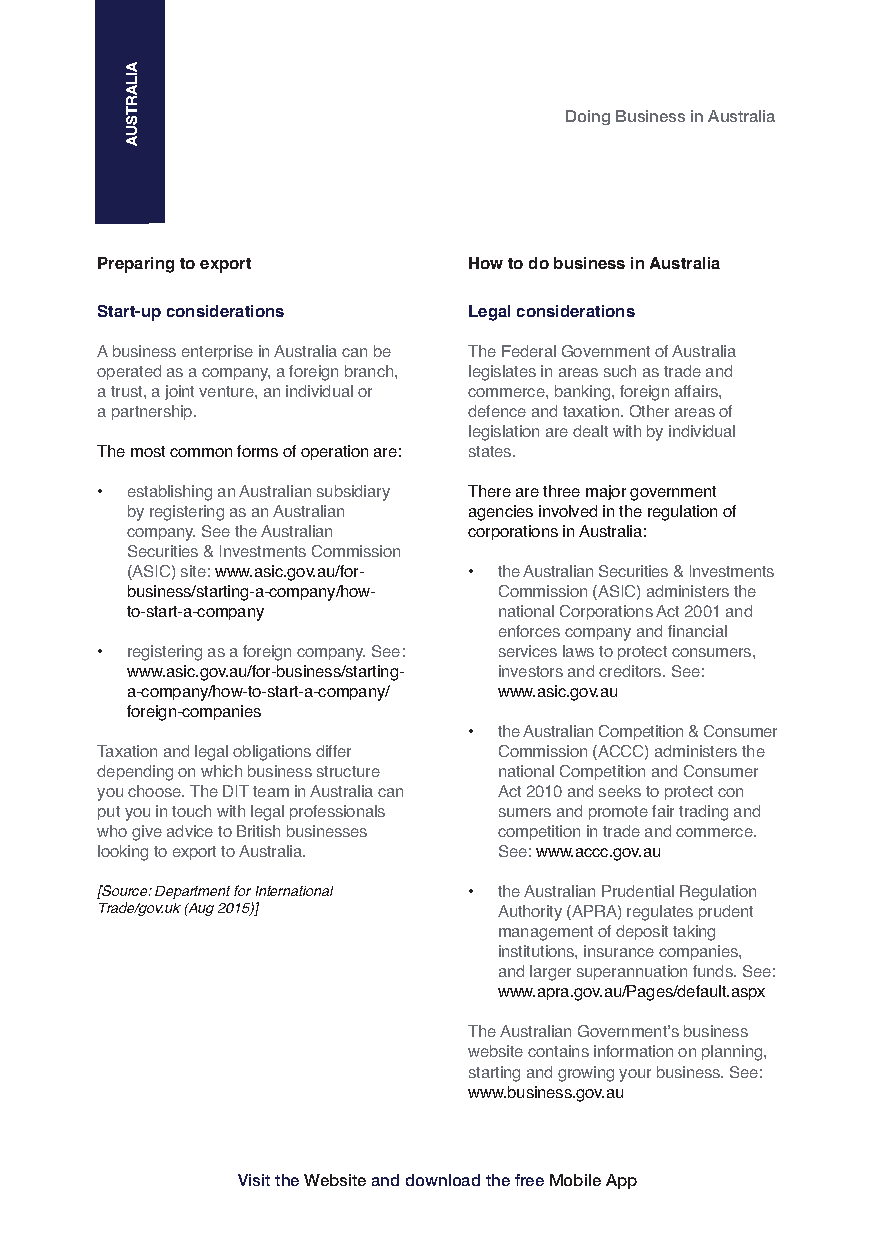
Doing Business in Australia
 Preparing to export      How to do business in Australia
 Start-up considerations  Legal considerations
 A business enterprise in Australia can be The Federal Government of Australia
 operated as a company, a foreign branch, legislates in areas such as trade and
 a trust, a joint venture, an individual or commerce, banking, foreign affairs,
 a partnership.           defence and taxation. Other areas of
 legislation are dealt with by individual
 The most common forms of operation are: states.
 • establishing an Australian subsidiary There are three major government
 by registering as an Australian agencies involved in the regulation of
 company. See the Australian corporations in Australia:
 Securities & Investments Commission
 (ASIC) site: www.asic.gov.au/for- • the Australian Securities & Investments
 business/starting-a-company/how- Commission (ASIC) administers the
 to-start-a-company       national Corporations Act 2001 and
 enforces company and financial
 • registering as a foreign company. See: services laws to protect consumers,
 www.asic.gov.au/for-business/starting- investors and creditors. See:
 a-company/how-to-start-a-company/ www.asic.gov.au
 foreign-companies
 • the Australian Competition & Consumer
 Taxation and legal obligations differ Commission (ACCC) administers the
 depending on which business structure national Competition and Consumer
 you choose. The DIT team in Australia can Act 2010 and seeks to protect con
 put you in touch with legal professionals sumers and promote fair trading and
 who give advice to British businesses competition in trade and commerce.
 looking to export to Australia. See: www.accc.gov.au
 [Source: Department for International • the Australian Prudential Regulation
 Trade/gov.uk (Aug 2015)]   Authority (APRA) regulates prudent
 management of deposit taking
 institutions, insurance companies,
 and larger superannuation funds. See:
 www.apra.gov.au/Pages/default.aspx
 The Australian Government’s business
 website contains information on planning,
 starting and growing your business. See:
 www.business.gov.au
 Visit the Websiteand download the free Mobile App
 AILARTSUA